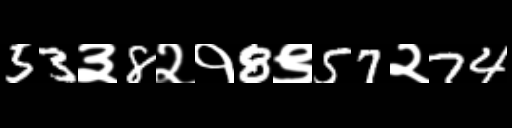
Text: 53३8२१8९57२74